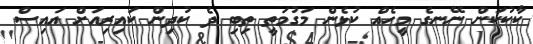
ކާކުކަން ނޭނގެ މީހެއް ކުޅެން މަގުމަތީ ތިބި ދެ ކުދިން ކައިރިއަށް އައިސް